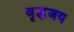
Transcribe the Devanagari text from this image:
वृद्धजय